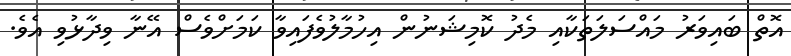
އޮތް ބައިވަރު މައްސަލަތަކާއި މެދު ކޮމިޝަނުން އިހުމާލުވެފައިވާ ކަމަށްވެސް އޭނާ ވިދާޅުވި އެވެ.